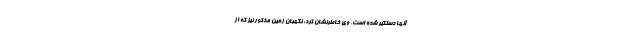
آنها دستگیر شده است. وی خاطرنشان کرد: نگهبان زمین مذکور نیز که از